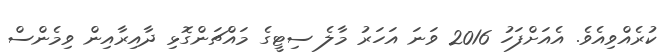
ކުރެއްވިއެވެ. އެއަށްފަހު 2016 ވަނަ އަހަރު މާލެ ސިޓީގެ މައްޗަންގޮޅި ދާއިރާއިން ވިމެންސް